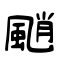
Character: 颵